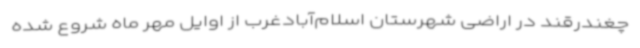
چغندرقند در اراضی شهرستان اسلام‌آبادغرب از اوایل مهر ماه شروع شده